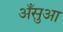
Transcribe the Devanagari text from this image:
अँसुआ